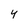
Character: 4